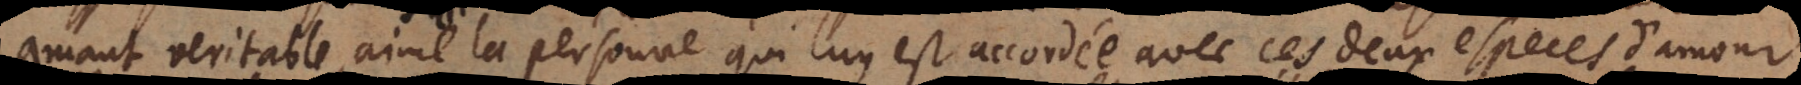
amant veritable, aime la personne qui luy est accordée avec ces deux especes d’amour.